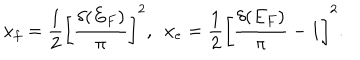
LaTeX: x _ { f } = { \frac { 1 } { 2 } } \left[ { \frac { \delta ( E _ { F } ) } { \pi } } \right] ^ { 2 } , \ \ x _ { e } = { \frac { 1 } { 2 } } \left[ { \frac { \delta ( E _ { F } ) } { \pi } } - 1 \right] ^ { 2 } .